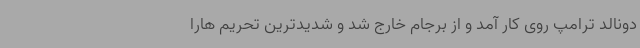
دونالد ترامپ روی کار آمد و از برجام خارج شد و شدیدترین تحریم هارا